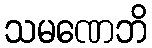
သမဏေဘိ